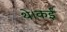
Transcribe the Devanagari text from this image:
थे।कई